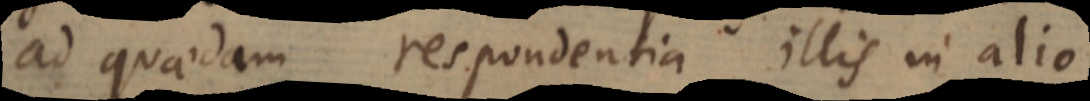
ad quaedam respondentia illis in alio